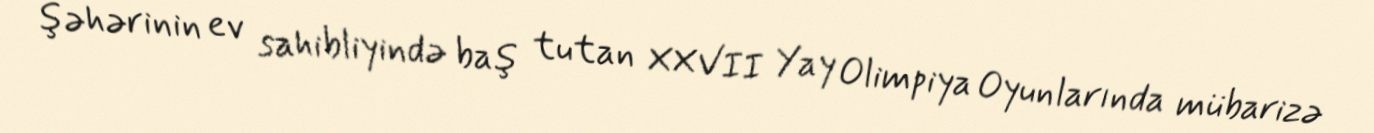
şəhərinin ev sahibliyində baş tutan XXVII Yay Olimpiya Oyunlarında mübarizə